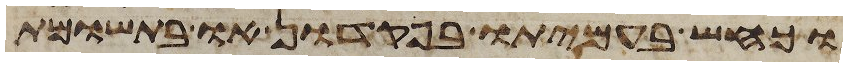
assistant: וכחש בעמיתו בפקדון או בתשומת